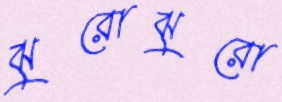
ঝুরোঝুরো